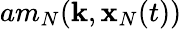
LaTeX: am_{N}({\mathbf k},{\mathbf x}_{N}(t))